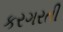
કરગરતી